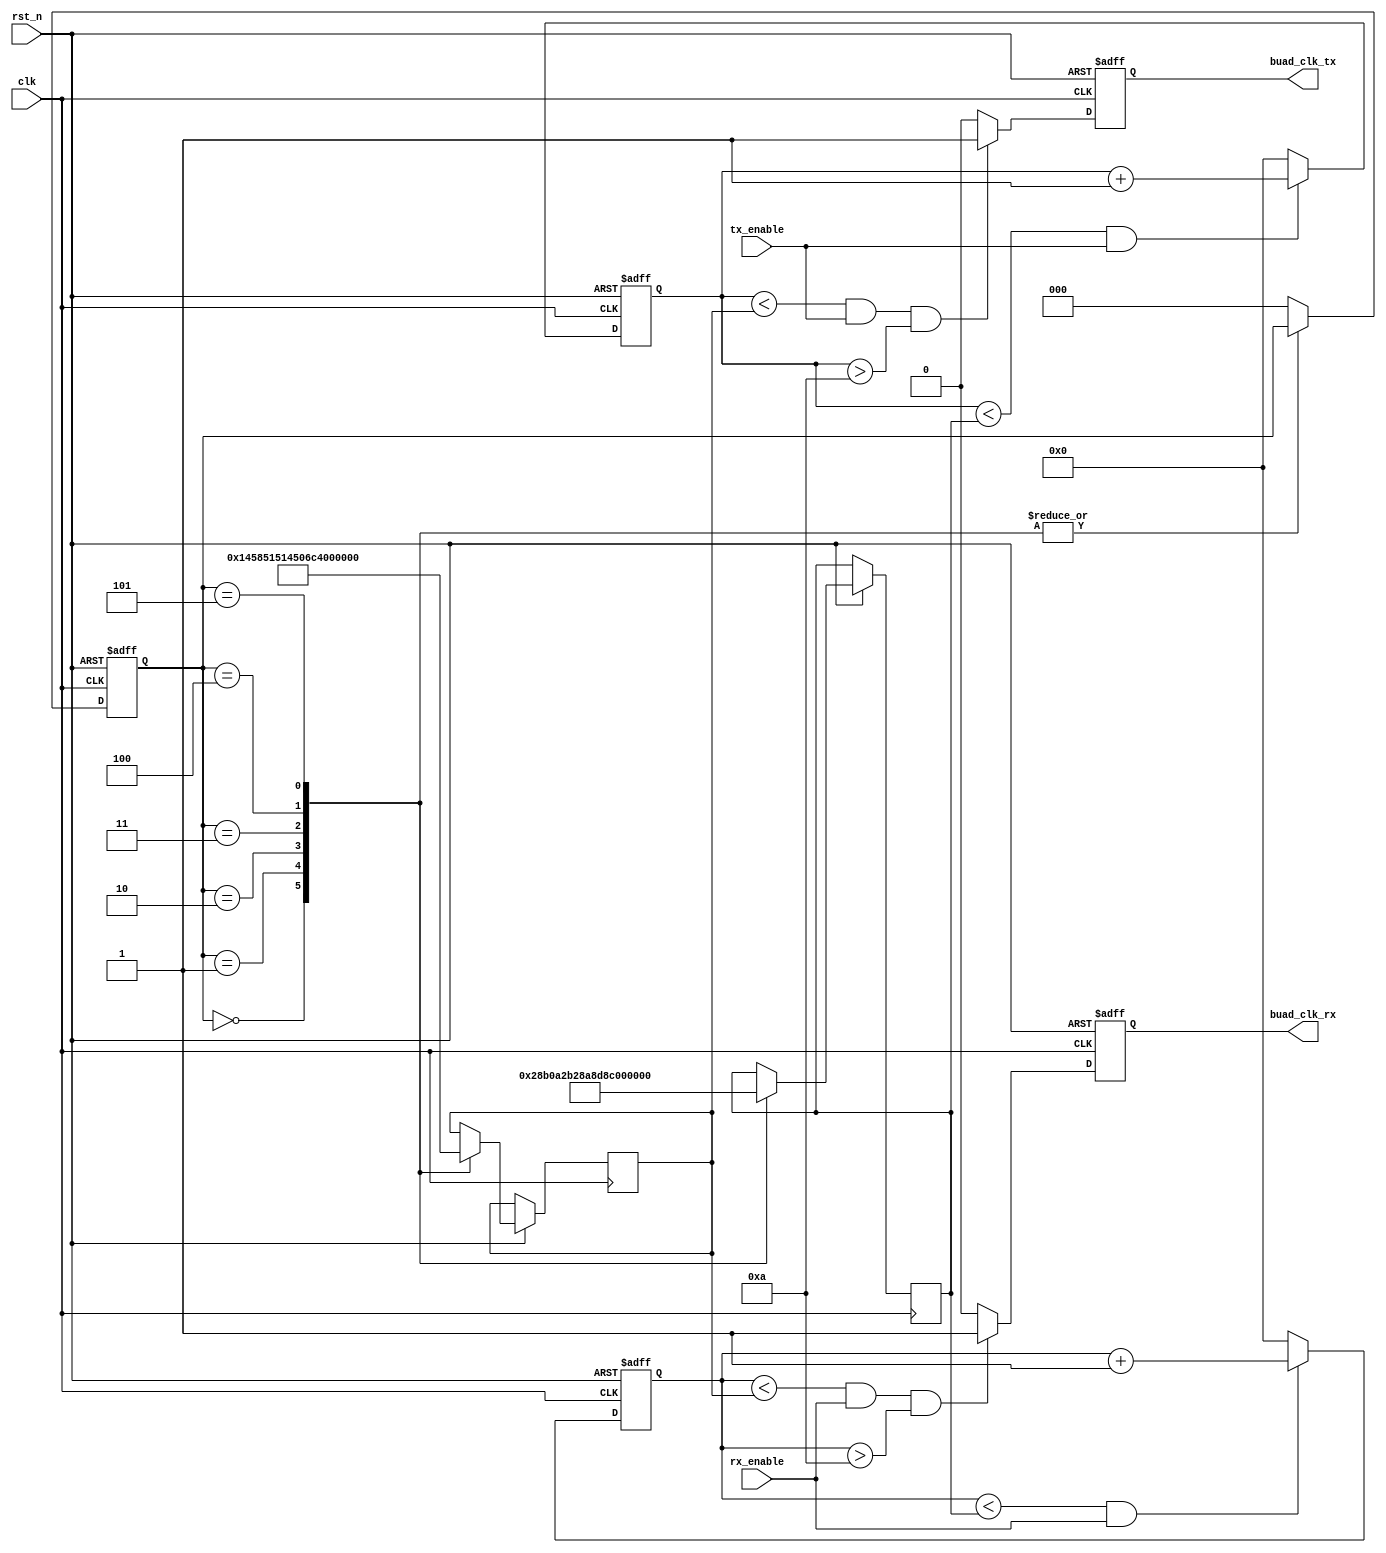
module speed_select(clk, rst_n, rx_enable, tx_enable, buad_clk_rx, buad_clk_tx);

input clk;	// 50MHz
input rst_n;	//low reset
input rx_enable;	//start clk when get data
input tx_enable;
output buad_clk_rx;	// buad_clk_rx high for transfer sample point
output buad_clk_tx;	// buad_clk_rx high for transfer sample point

parameter 	bps9600 		= 5208,	//baud is 9600bps
			 	bps19200 	= 2603,	//baud is 19200bps
				bps38400 	= 1301,	//baud is 38400bps
				bps57600 	= 867,	//baud is 57600bps
				bps115200	= 434,	//baud is 115200bps
				bps256000	= 195;	//baud is 115200bps

parameter 	bps9600_2 	= 2604,
				bps19200_2	= 1301,
				bps38400_2	= 650,
				bps57600_2	= 433,
				bps115200_2 = 217,  
				bps256000_2 = 97; 

reg[12:0] bps_para;	//max divider
reg[12:0] bps_para_2;	// half of the divider 

//----------------------------------------------------------
reg[2:0] uart_ctrl;	// uart baud selection register
//----------------------------------------------------------

always @ (posedge clk or negedge rst_n) begin
	if(!rst_n)
	begin 
		uart_ctrl <= 3'd4;	//default baudrate is 115200
	end
	else
	begin
		case (uart_ctrl)	//baud rate
			3'd0:	begin
					bps_para <= bps9600;
					bps_para_2 <= bps9600_2;
					end
			3'd1:	begin
					bps_para <= bps19200;
					bps_para_2 <= bps19200_2;
					end
			3'd2:	begin
					bps_para <= bps38400;
					bps_para_2 <= bps38400_2;
					end
			3'd3:	begin
					bps_para <= bps57600;
					bps_para_2 <= bps57600_2;
					end
			3'd4:	begin
					bps_para <= bps115200;
					bps_para_2 <= bps115200_2;
					end
			3'd5:	begin
					bps_para <= bps256000;
					bps_para_2 <= bps256000_2;
					end
			default:uart_ctrl <= 3'd0;
		endcase
	end
end

reg[12:0] cnt_rx;			// counter
reg buad_clk_rx_reg;			//baud rate clk register

always @ (posedge clk or negedge rst_n)
begin
	if (!rst_n)
		cnt_rx <= 13'd0;
	else if (cnt_rx < bps_para && rx_enable)
		cnt_rx <= cnt_rx + 13'd1;	//start count
	else
		cnt_rx <= 13'd0;
end

always @ (posedge clk or negedge rst_n)
begin
	if (!rst_n)
		buad_clk_rx_reg <= 1'b0;
	else if (cnt_rx < bps_para_2 && rx_enable && cnt_rx > 13'd10)
		buad_clk_rx_reg <= 1'b1;	// buad_clk_rx_reg high enable the sampling data
	else
		buad_clk_rx_reg <= 1'b0;
end

assign buad_clk_rx = buad_clk_rx_reg;

reg[12:0] cnt_tx;			// counter
reg buad_clk_tx_reg;			//baud rate clk register

always @ (posedge clk or negedge rst_n)
begin
	if (!rst_n)
		cnt_tx <= 13'd0;
	else if (cnt_tx < bps_para && tx_enable)
		cnt_tx <= cnt_tx + 13'd1;	//start count
	else
		cnt_tx <= 13'd0;
end

always @ (posedge clk or negedge rst_n)
begin
	if (!rst_n)
		buad_clk_tx_reg <= 1'b0;
	else if (cnt_tx < bps_para_2 && tx_enable && cnt_tx > 13'd10)
		buad_clk_tx_reg <= 1'b1;	// buad_clk_tx_reg high enable the sampling data
	else
		buad_clk_tx_reg <= 1'b0;
end

assign buad_clk_tx = buad_clk_tx_reg;

endmodule